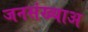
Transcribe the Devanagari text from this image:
जनसंख्याअ